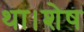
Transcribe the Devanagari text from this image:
था।शेष